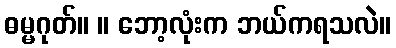
ဓမ္မဂုတ်။ ။ ဘော့လုံးက ဘယ်ကရသလဲ။